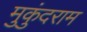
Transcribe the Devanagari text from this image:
मुकुंदराम